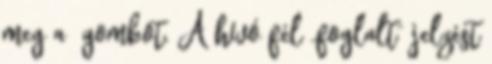
meg a gombot. A hívó fél „foglalt” jelzést